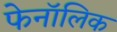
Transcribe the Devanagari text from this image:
फेनॉलिक